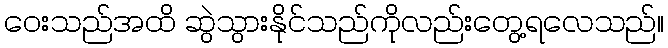
ဝေးသည်အထိ ဆွဲသွားနိုင်သည်ကိုလည်းတွေ့ရလေသည်။